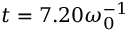
t = 7 . 2 0 \omega _ { 0 } ^ { - 1 }